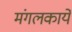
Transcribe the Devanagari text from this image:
मंगलकार्ये